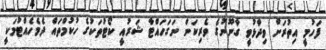
ފަހުމީ އިތުރަށް ވިދާޅުވީ ގާނޫނުގެ ވެރިކަން ނަގަހައްޓާ ޝަރުއީ ކޯޓުތަކުގެ ހުކުމްތައް ދެމެހެއްޓުމަކީ